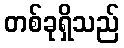
တစ်ခုရှိသည်